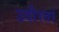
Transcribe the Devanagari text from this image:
उदीरतां